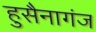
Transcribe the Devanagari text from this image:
हुसैनागंज